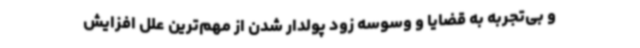
و بی‌تجربه به قضایا و وسوسه زود پولدار شدن از مهم‌ترین علل افزایش